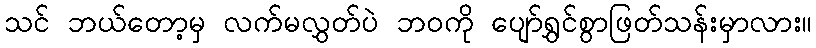
သင် ဘယ်တော့မှ လက်မလွှတ်ပဲ ဘဝကို ပျော်ရွှင်စွာဖြတ်သန်းမှာလား။